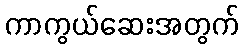
ကာကွယ်ဆေးအတွက်